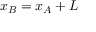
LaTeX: x _ { B } = x _ { A } + L